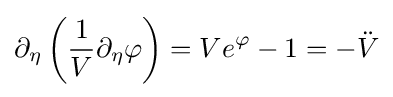
\partial _{\eta }\left({\frac {1}{V}}\partial _{\eta }\varphi \right)=Ve^{\varphi }-1=-{\ddot {V}}